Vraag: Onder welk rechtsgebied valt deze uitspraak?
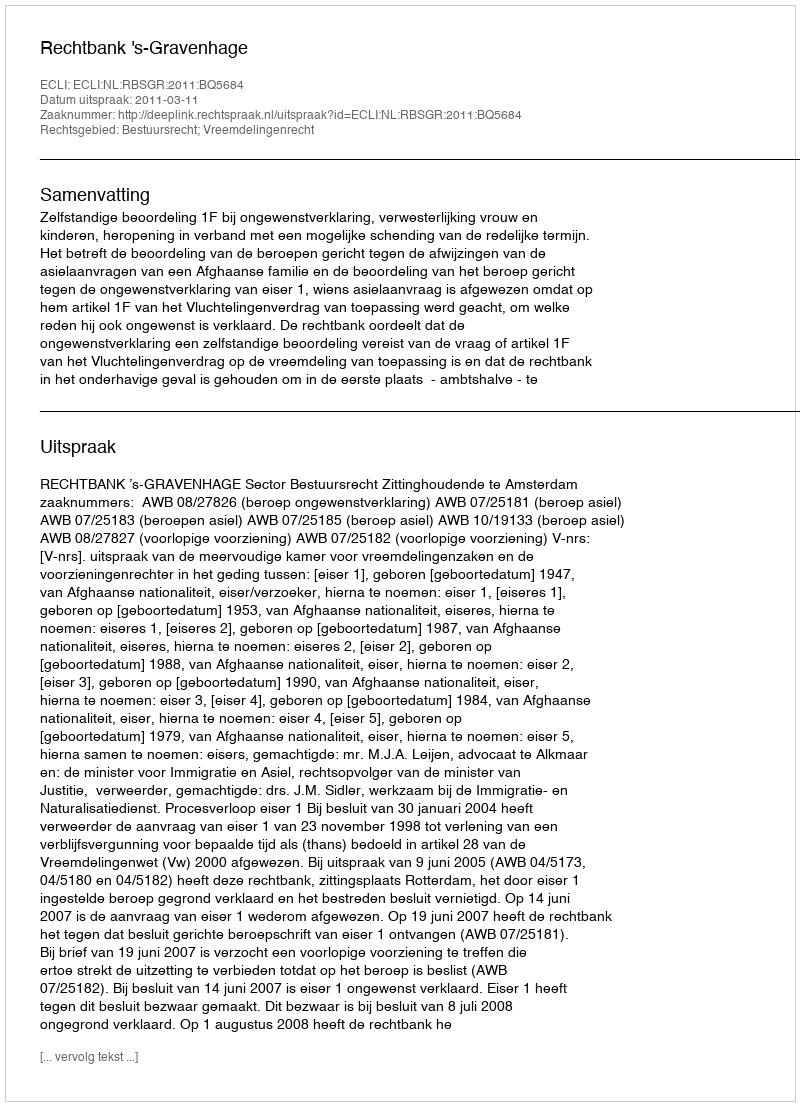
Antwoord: Bestuursrecht; Vreemdelingenrecht